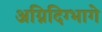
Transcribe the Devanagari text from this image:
अग्निदिग्भागे